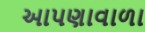
આપણાવાળા